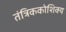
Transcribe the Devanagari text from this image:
तंत्रिककोशिक्य